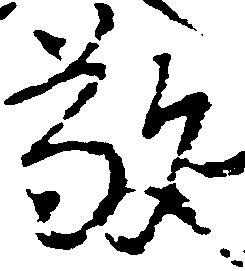
敬